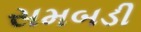
સમબડી